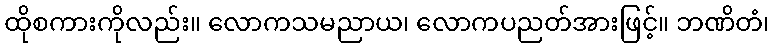
ထိုစကားကိုလည်း။ လောကသမညာယ၊ လောကပညတ်အားဖြင့်။ ဘဏိတံ၊